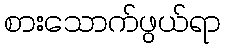
စားသောက်ဖွယ်ရာ